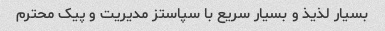
بسیار لذیذ و بسیار سریع با سپاستز مدیریت و پیک محترم